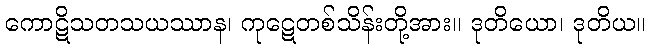
ကောဋိသတသယဿာန၊ ကုဋေတစ်သိန်းတို့အား။ ဒုတိယော၊ ဒုတိယ။